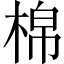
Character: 棉